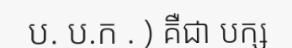
ប. ប.ក . ) គឺជា បក្ស